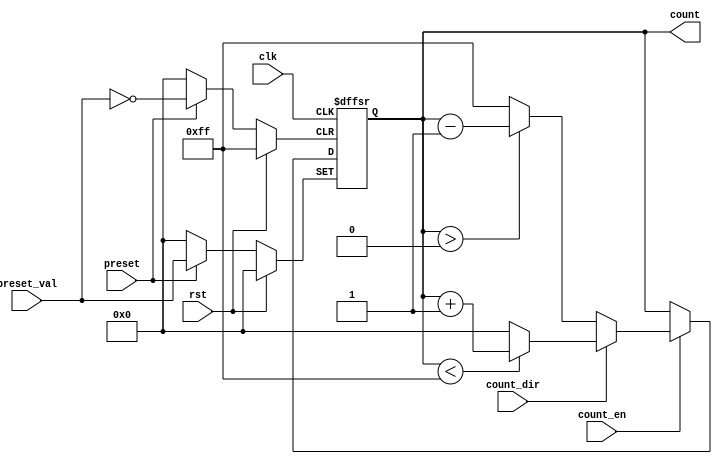
module presettable_counter (
    input wire clk,              // Clock signal
    input wire rst,              // Asynchronous reset
    input wire preset,           // Asynchronous preset signal
    input wire [7:0] preset_val, // Preset value (8-bit wide)
    input wire count_en,         // Count enable signal
    input wire count_dir,        // Count direction (1 = up, 0 = down)
    output reg [7:0] count       // Counter value (8-bit wide)
);

    // Define the maximum and minimum values for the counter
    parameter MAX_COUNT = 8'hFF; // Maximum value (255)
    parameter MIN_COUNT = 8'h00;  // Minimum value (0)

    always @(posedge clk or posedge rst or posedge preset) begin
        if (rst) begin
            // Asynchronous reset
            count <= MIN_COUNT;
        end else if (preset) begin
            // Asynchronous preset
            count <= preset_val;
        end else if (count_en) begin
            // Counting logic
            if (count_dir) begin
                // Count up
                if (count < MAX_COUNT) begin
                    count <= count + 1;
                end else begin
                    count <= MIN_COUNT; // Wrap around
                end
            end else begin
                // Count down
                if (count > MIN_COUNT) begin
                    count <= count - 1;
                end else begin
                    count <= MAX_COUNT; // Wrap around
                end
            end
        end
    end
endmodule